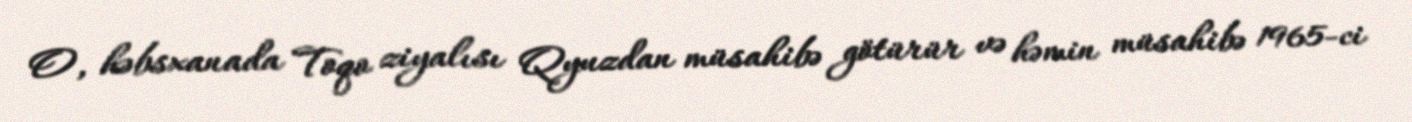
O, həbsxanada Toqo ziyalısı Qyuzdan müsahibə götürür və həmin müsahibə 1965-ci